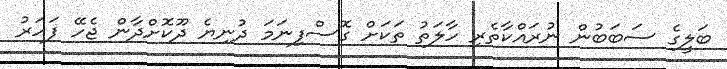
ބަލީގެ ސަބަބުން ނުރައްކާތެރި ހާލަތު ތަކަށް ގޮސްފިނަމަ ދުނިޔެ ދޫކޮށްދާން ޖެހޭ ފަހަރު